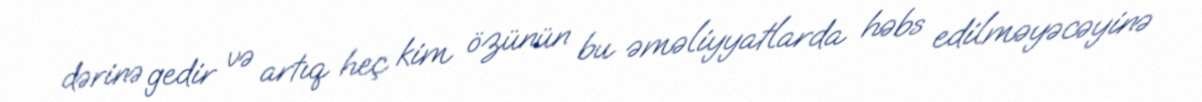
dərinə gedir və artıq heç kim özünün bu əməliyyatlarda həbs edilməyəcəyinə